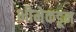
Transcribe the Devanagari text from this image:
भीमेकडून